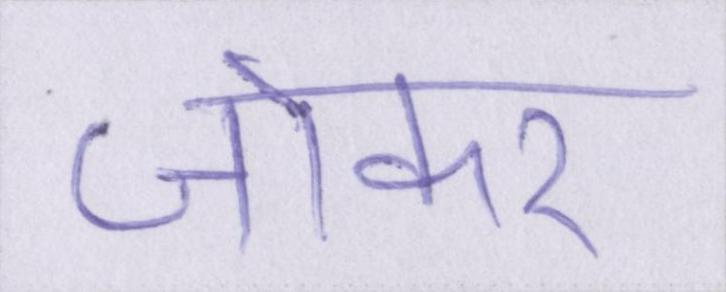
जोकर